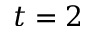
t = 2